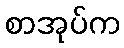
စာအုပ်က